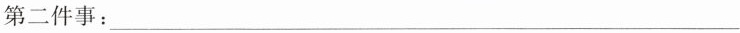
第二件事：___